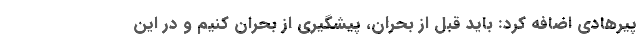
پیرهادی اضافه کرد: باید قبل از بحران، پیشگیری از بحران کنیم و در این